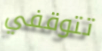
تتوقفي